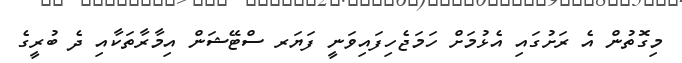
މިގޮތުން އެ ރަށުގައި އެޅުމަށް ހަމަޖެހިފައިވަނީ ފަޔަރ ސްޓޭޝަން އިމާރާތަކާއި ދެ ބުރީގެ